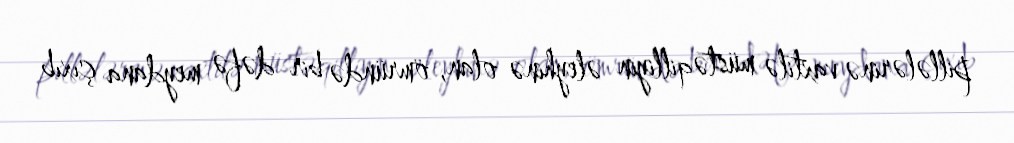
pillələrinə vaxtilə müstəqilliyin əleyhinə olan, ömründə bir dəfə meydana çıxıb